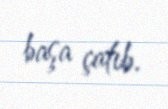
başa çatıb.